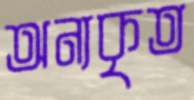
অন্যকৃত